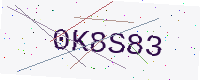
Text: 0K8S83